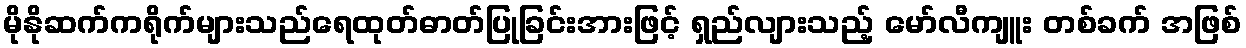
မိုနိုဆက်ကရိုက်များသည်ရေထုတ်ဓာတ်ပြုခြင်းအားဖြင့် ရှည်လျားသည့် မော်လီကျူး တစ်ခက် အဖြစ်